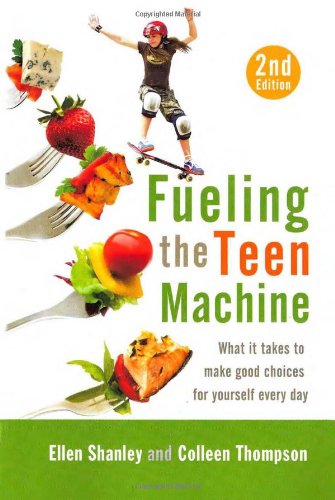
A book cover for Fueling the Teen Machine; Ellen Shanley; Health, Fitness & Dieting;